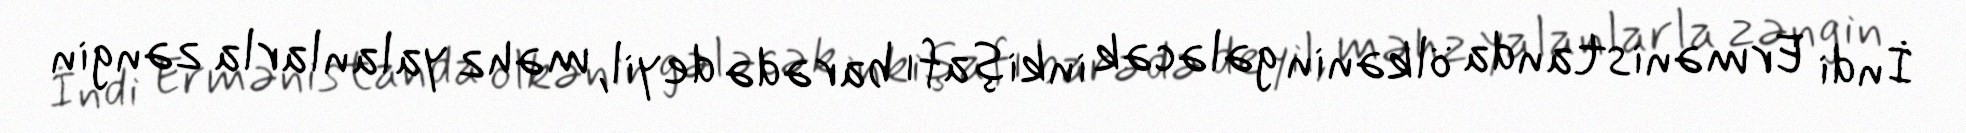
İndi Ermənistanda ölkənin gələcək inkişafı barədə deyil, məhz yalanlarla zəngin